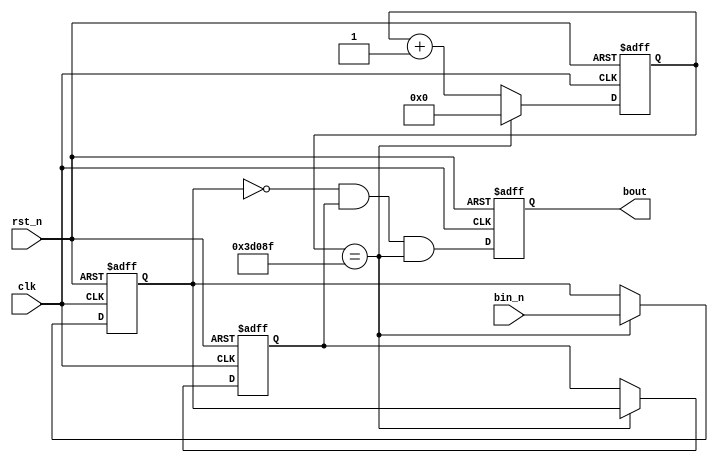
module chattering
(
	input  wire rst_n,
	input  wire clk,
	input  wire bin_n,
	output reg  bout
);

reg [17:0] r_cnt;

wire en40hz = (r_cnt==250000-1);

always @(posedge clk or negedge rst_n) begin
	if(~rst_n)
		r_cnt <= 18'd0;
	else if(en40hz)
		r_cnt <= 18'd0;
	else
		r_cnt <= r_cnt + 18'd1;
end

reg ff1, ff2;

always @(posedge clk or negedge rst_n) begin
	if(~rst_n) begin
		ff2 <= 1'd0;
		ff1 <= 1'd0;
	end else if(en40hz) begin
		ff2 <= ff1;
		ff1 <= bin_n;
	end
end

wire w_tmp = ~ff1 & ff2 & en40hz;

always @(posedge clk or negedge rst_n) begin
	if(~rst_n)
		bout <= 1'd0;
	else
		bout <= w_tmp;
end

endmodule